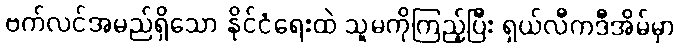
ဗက်လင်အမည်ရှိသော နိုင်ငံရေးထဲ သူမကိုကြည့်ပြီး ရှယ်လီကဒီအိမ်မှာ